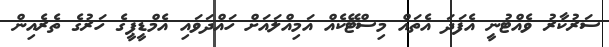
ސަރުކާރު ވެއްޓުނީ އެފަދަ އެތައް މިސްޓޭކެއް އަމިއްލައަށް ހައްދަވައި އެމްޑީޕީގެ ހަރުގެ ތެރެއިން